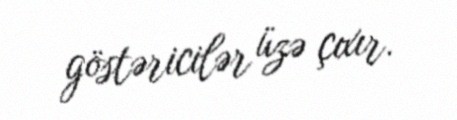
göstəricilər üzə çıxır.